Vaccination in the Punjab 1897-1904 - 1897-1904
Year: 1897
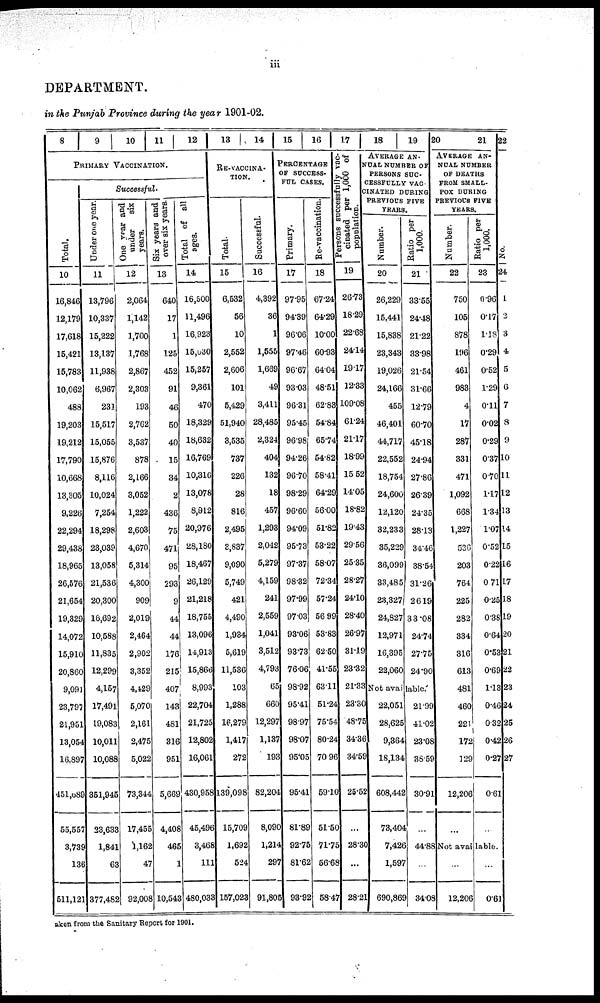
iii
DEPARTMENT.
in the Punjab Province during the year 1901-02.
8
9
10
11
12
PRIMARY VACCINATION.
Total.
10
16,846
12,179
17,618
15,421
15,783
10,062
488
19,203
19,212
17,790
10,668
13,305
9,226
22,294
29,438
18,965
26,576
21,654
19,329
14,072
15,910
20,860
9,091
23,797
21,951
13,054
16,897
451,689
55,557
3,739
136
511,121
Successful.
Under one year.
11
13,796
10,337
15,222
13,137
11,938
6,967
231
15,517
15,055
15,876
8,116
10,024
7,254
18,298
23,039
13,058
21,536
20,300
16,692
10,588
11,835
12,299
4,157
17,491
19,083
10,011
10,088
351,945
23,633
1,841
63
377,482
One year and
under
six
years.
12
2,064
1,142
1,700
1,768
2,867
2,303
193
2,762
3,537
878
2,166
3,052
1,222
2,603
4,670
5,314
4,300
909
2,019
2,464
2,902
3,352
4, 429
5,070
2,161
2,475
5,022
73,344
17,455
1,162
47
92,008
Six years and
over six years.
13
640
17
1
125
452
91
46
50
40
15
34
2
436
75
471
95
293
9
44
44
176
215
407
143
481
316
951
5,669
4,408
465
1
10,543
Total of all
ages.
14
16,500
11,496
16,923
15,030
15,257
9,361
470
18,329
18,632
16,769
10,316
13,078
8,912
20,976
28,180
18,467
26,129
21,218
18,755
13,096
14,913
15,866
8,993
22,704
21,725
12,802
16,061
430,958
45,496
3,468
111
480,033
13
14
RE-VACCINA-
TION.
Total.
15
6,532
56
10
2,552
2,606
101
5,429
51,940
3,535
737
226
28
816
2,495
3,837
9,090
5,749
421
4,490
1,934
5,619
11,536
103
1,288
16,279
1,417
272
139,098
15,709
1,692
524
157,023
Successful.
16
4,392
36
1
1,555
1,669
49
3,411
28,485
2,324
404
132
18
457
1,293
2,042
5,279
4,159
241
2,559
1,041
3,512
4,793
65
660
12,297
1,137
193
82,204
8,090
1,214
297
91,805
15
16
PERCENTAGE
OF SUCCESS-
FUL CASES.
Primary.
17
97.95
94.39
96.06
97.46
96.67
93.03
96.31
95.45
96.98
94.26
96.70
98.29
96.60
94.09
95.73
97.37
98.32
97.99
97.03
93.06
93.73
76.06
98.92
95.41
98.97
98.07
95.05
95.41
81.89
92.75
81.62
93.92
Re-vaccination.
18
67.24
64.29
10.00
60.93
64.04
48.51
62.83
54.84
65.74
54.82
58.41
64.29
56.00
51.82
53.22
58.07
72.34
57.24
56.99
53.83
62.50
41.55
63.11
51.24
75.54
80.24
70.96
59.10
51.50
71.75
56.68
58.47
17
Persons successfully vac-
cinated per 1,000 of
population.
19
26.73
18.29
22.68
24.14
19.17
12.33
109.08
61.24
21.17
18.99
15.52
14.05
18.82
19.43
29.56
25.35
28.27
24.10
28.40
26.97
31.19
23.32
21.33
23.30
48.75
34.36
34.59
25.52
...
28.30
...
28.21
18
19
AVERAGE AN-
NUAL NUMBER OF
PERSONS SUC-
CESSFULLY VAC-
CINATED DURING
PREVIOUS FIVE
YEARS.
Number.
20
26,229
15,441
15,838
23,343
19,026
24,166
455
46,401
44,717
22,552
18,754
24,600
12,120
32,233
35,229
36,099
33,485
23,327
24,827
12,971
16,395
22,060
Ratio per
1,000.
21
33.55
24.48
21.22
33.98
21.54
31.66
12.79
60.70
45.18
24.94
27.86
26.39
24.35
28.13
34.46
38.54
31.26
26.19
33.08
24.74
27.75
24.90
Not available.
22,051
28,625
9,364
18,134
608,442
73,404
7,426
1,597
690,869
21.99
41.02
23.08
38.59
30.91
...
44.88
...
34.08
20
21
AVERAGE
AN-
NUAL NUMBER
OF DEATHS
FROM SMALL-
POX DURING
PREVIOUS FIVE
YEARS.
Number.
22
750
105
878
196
461
983
4
17
287
331
471
1,092
668
1,227
536
203
764
225
282
334
316
613
481
460
221
172
129
12,206
...
Ratio per
1,000.
23
0.96
0.17
1.18
0.29
0.52
1.29
0.11
0.02
0.29
0.37
0.70
1.17
1.34
1.07
0.52
0.22
0.71
0.25
0.38
0.64
0.53
0.69
1.13
0.46
0.32
0.42
0.27
0.61
...
Not available.
...
12,206
...
0.61
22
No.
24
1
2
3
4
5
6
7
8
9
10
11
12
13
14
15
16
17
18
19
20
21
22
23
24
25
26
27
aken from the Sanitary Report for 1901.